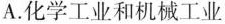
A. 化学工业和机械工业